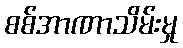
စစ်အာဏာသိမ်းမှု